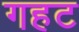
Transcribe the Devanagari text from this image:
गहट